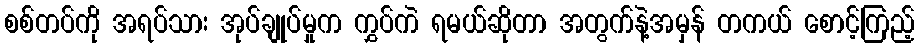
စစ်တပ်ကို အရပ်သား အုပ်ချုပ်မှုက ကွှပ်ကဲ ရမယ်ဆိုတာ အတွက်နဲ့အမှန် တကယ် စောင့်ကြည့်